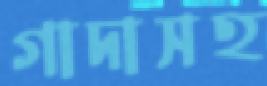
গাদাসহ